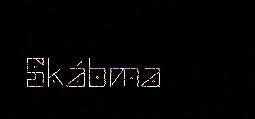
Skábma